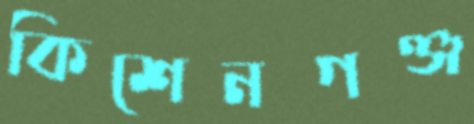
কিশেনগঞ্জ